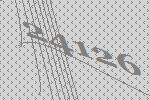
24126